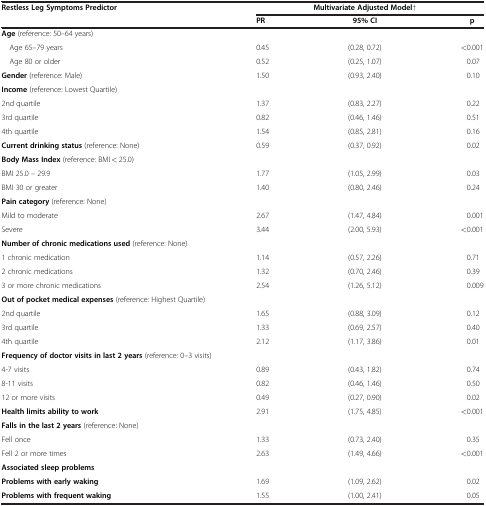
<table><thead><tr><td><b>Restless Leg Symptoms Predictor</b></td><td colspan="3"><b>Multivariate Adjusted Model†</b></td></tr><tr><td><b> </b></td><td><b>PR</b></td><td><b>95% CI</b></td><td><b>p</b></td></tr></thead><tbody><tr><td><b>Age</b> (reference: 50–64 years)</td><td> </td><td> </td><td> </td></tr><tr><td> Age 65–79 years</td><td>0.45</td><td>(0.28, 0.72)</td><td>&lt;0.001</td></tr><tr><td> Age 80 or older</td><td>0.52</td><td>(0.25, 1.07)</td><td>0.07</td></tr><tr><td><b>Gender</b> (reference: Male)</td><td>1.50</td><td>(0.93, 2.40)</td><td>0.10</td></tr><tr><td><b>Income</b> (reference: Lowest Quartile)</td><td> </td><td> </td><td> </td></tr><tr><td>2nd quartile</td><td>1.37</td><td>(0.83, 2.27)</td><td>0.22</td></tr><tr><td>3rd quartile</td><td>0.82</td><td>(0.46, 1.46)</td><td>0.51</td></tr><tr><td>4th quartile</td><td>1.54</td><td>(0.85, 2.81)</td><td>0.16</td></tr><tr><td><b>Current drinking status</b> (reference: None)</td><td>0.59</td><td>(0.37, 0.92)</td><td>0.02</td></tr><tr><td><b>Body Mass Index</b> (reference: BMI &lt; 25.0)</td><td> </td><td> </td><td> </td></tr><tr><td>BMI 25.0 – 29.9</td><td>1.77</td><td>(1.05, 2.99)</td><td>0.03</td></tr><tr><td>BMI 30 or greater</td><td>1.40</td><td>(0.80, 2.46)</td><td>0.24</td></tr><tr><td><b>Pain category</b> (reference: None)</td><td> </td><td> </td><td> </td></tr><tr><td>Mild to moderate</td><td>2.67</td><td>(1.47, 4.84)</td><td>0.001</td></tr><tr><td>Severe</td><td>3.44</td><td>(2.00, 5.93)</td><td>&lt;0.001</td></tr><tr><td><b>Number of chronic medications used</b> (reference: None)</td><td> </td><td> </td><td> </td></tr><tr><td>1 chronic medication</td><td>1.14</td><td>(0.57, 2.26)</td><td>0.71</td></tr><tr><td>2 chronic medications</td><td>1.32</td><td>(0.70, 2.46)</td><td>0.39</td></tr><tr><td>3 or more chronic medications</td><td>2.54</td><td>(1.26, 5.12)</td><td>0.009</td></tr><tr><td><b>Out of pocket medical expenses</b> (reference: Highest Quartile)</td><td> </td><td> </td><td> </td></tr><tr><td>2nd quartile</td><td>1.65</td><td>(0.88, 3.09)</td><td>0.12</td></tr><tr><td>3rd quartile</td><td>1.33</td><td>(0.69, 2.57)</td><td>0.40</td></tr><tr><td>4th quartile</td><td>2.12</td><td>(1.17, 3.86)</td><td>0.01</td></tr><tr><td><b>Frequency of doctor visits in last 2 years</b> (reference: 0–3 visits)</td><td> </td><td> </td><td> </td></tr><tr><td>4-7 visits</td><td>0.89</td><td>(0.43, 1.82)</td><td>0.74</td></tr><tr><td>8-11 visits</td><td>0.82</td><td>(0.46, 1.46)</td><td>0.50</td></tr><tr><td>12 or more visits</td><td>0.49</td><td>(0.27, 0.90)</td><td>0.02</td></tr><tr><td><b>Health limits ability to work</b></td><td>2.91</td><td>(1.75, 4.85)</td><td>&lt;0.001</td></tr><tr><td><b>Falls in the last 2 years</b> (reference: None)</td><td> </td><td> </td><td> </td></tr><tr><td>Fell once</td><td>1.33</td><td>(0.73, 2.40)</td><td>0.35</td></tr><tr><td>Fell 2 or more times</td><td>2.63</td><td>(1.49, 4.66)</td><td>&lt;0.001</td></tr><tr><td><b>Associated sleep problems</b></td><td> </td><td> </td><td> </td></tr><tr><td><b>Problems with early waking</b></td><td>1.69</td><td>(1.09, 2.62)</td><td>0.02</td></tr><tr><td><b>Problems with frequent waking</b></td><td>1.55</td><td>(1.00, 2.41)</td><td>0.05</td></tr></tbody></table>